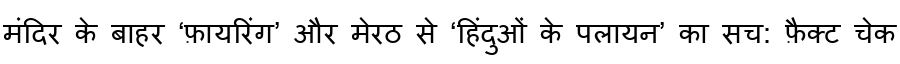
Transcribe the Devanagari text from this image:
मंदिर के बाहर ‘फ़ायरिंग’ और मेरठ से ‘हिंदुओं के पलायन’ का सच: फ़ैक्ट चेक